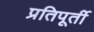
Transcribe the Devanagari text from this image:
प्रतिपूर्ती